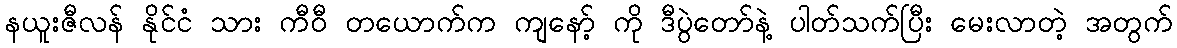
နယူးဇီလန် နိုင်ငံ သား ကီဝီ တယောက်က ကျနော့် ကို ဒီပွဲတော်နဲ့ ပါတ်သက်ပြီး မေးလာတဲ့ အတွက်